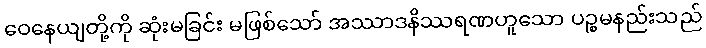
ဝေနေယျတို့ကို ဆုံးမခြင်း မဖြစ်သော် အဿာဒနိဿရဏဟူသော ပဉ္စမနည်းသည်